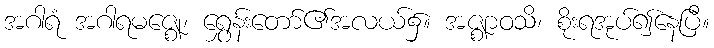
အဂါရံ အဂါရမဇ္ဈေ၊ ရွှေန်းတော်၏အလယ်၌။ အဇ္ဈာဝသိ၊ စိုးရအုပ်၍နေပြီ။